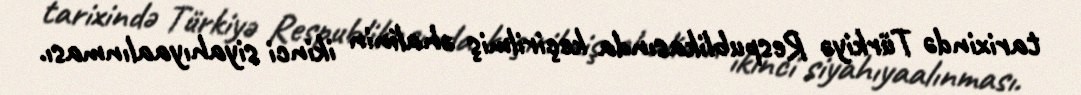
tarixində Türkiyə Respublikasında keçirilmiş əhalinin ikinci siyahıyaalınması.